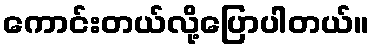
ကောင်းတယ်လို့ပြောပါတယ်။